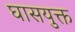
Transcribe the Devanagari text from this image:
घासयुक्त